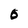
Character: O